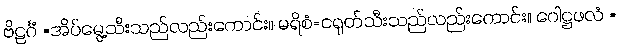
ဗိဠင်္ဂံ =အိပ်မွေ့သီးသည်လည်းကောင်း။ မရိစံ=ငရုတ်သီးသည်လည်းကောင်း။ ဂေါဋ္ဌဖလံ =